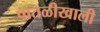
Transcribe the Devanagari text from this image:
पातळीखाली